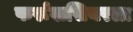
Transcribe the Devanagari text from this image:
फर्रूखसियरला